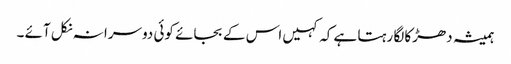
ہمیشہ دھڑکا لگا رہتا ہے کہ کہیں اس کے بجائے کوئی دوسرا نہ نکل آئے ۔